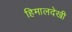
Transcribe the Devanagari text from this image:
हिमालदेखी